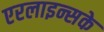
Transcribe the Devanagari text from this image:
एरलाइन्सके